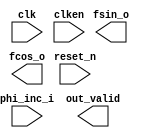

module lpm_10M_nco (
	clk,
	clken,
	phi_inc_i,
	fsin_o,
	fcos_o,
	out_valid,
	reset_n);	

	input		clk;
	input		clken;
	input	[31:0]	phi_inc_i;
	output	[12:0]	fsin_o;
	output	[12:0]	fcos_o;
	output		out_valid;
	input		reset_n;
endmodule